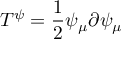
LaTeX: T ^ { \psi } = \frac { 1 } { 2 } \psi _ { \mu } \partial \psi _ { \mu }